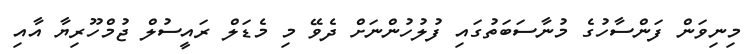
މިނިވަން ފަންސާހުގެ މުނާސަބަތުގައި ފުލުހުންނަށް ދެވޭ މި މެޑަލް ރައީސުލް ޖުމްހޫރިޔާ އާއި